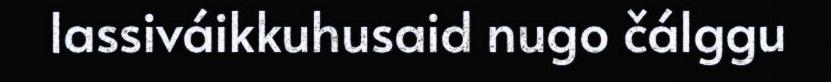
lassiváikkuhusaid nugo čálggu